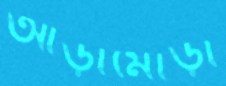
আড়ামোড়া